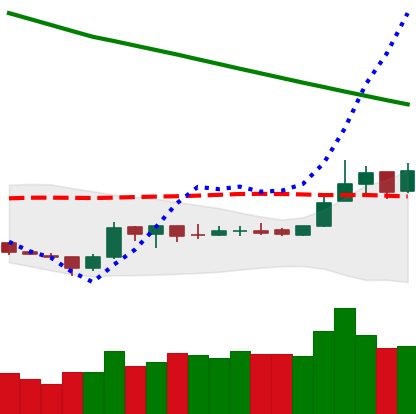
Ticker: ETC-USD
Chart end date: 2019-02-22
Forward return: -8.221%
Label: down_7plus